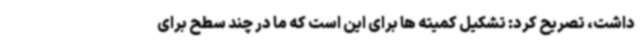
داشت، تصریح کرد: تشکیل کمیته ها برای این است که ما در چند سطح برای